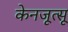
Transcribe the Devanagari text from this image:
केनजूत्सू